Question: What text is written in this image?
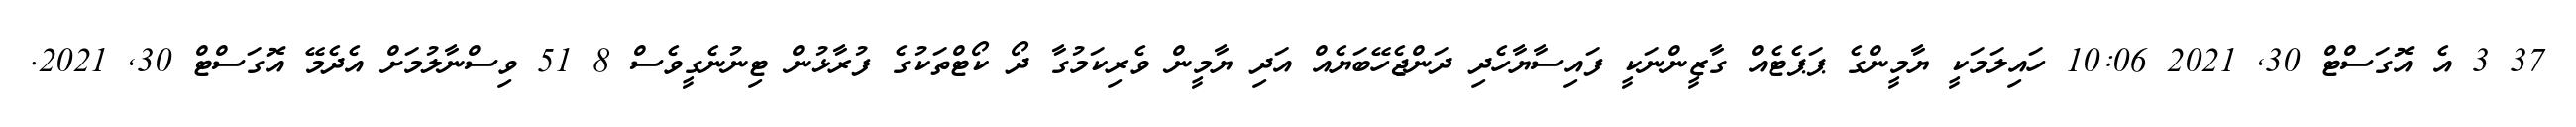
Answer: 37 3 އެ އޮގަސްޓް 30, 2021 10:06 ހައިލަމަކީ ޔާމީންގެ ޕަޕެޓެއް ގާޒީންނަކީ ފައިސާޔާހެދި ދަންޖެހޭބަޔެއް އަދި ޔާމީން ވެރިކަމުގާ ދޯ ކޯޓްތަކުގެ ފުރާޅުން ޓިނުނެގީވެސް 8 51 ވިސްނާލުމަށް އެދެމޭ އޮގަސްޓް 30, 2021.